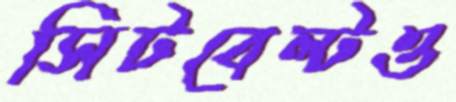
সিটবেল্টও